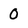
Character: 0